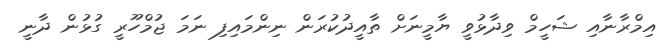
އިމްރާނާއި ޝަހީމް ވިދާޅުވީ ޔާމީނަށް ތާއީދުކުރަން ނިންމައިފި ނަމަ ޖުމްހޫރީ ގުޅުން ދާނީ